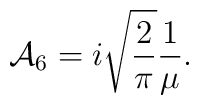
{\cal A}_6= i\sqrt{\frac{2}{\pi}}\frac{1}{\mu}.